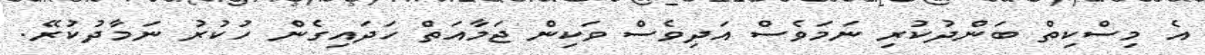
އެ މިސްކިތް ބަންދުކުރި ނަމަވެސް އަދިވެސް ވަކިން ޖަމާއަތް ހަދައިގެން ހުކުރު ނަމާދުކުރޭ.